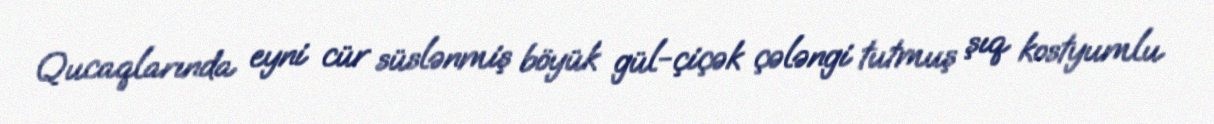
Qucaqlarında eyni cür süslənmiş böyük gül-çiçək çələngi tutmuş şıq kostyumlu